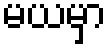
မယမှာ